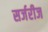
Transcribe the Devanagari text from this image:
सर्जरीज